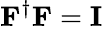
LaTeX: {\mathbf F}^{\dagger}{\mathbf F}=\mathbf{I}